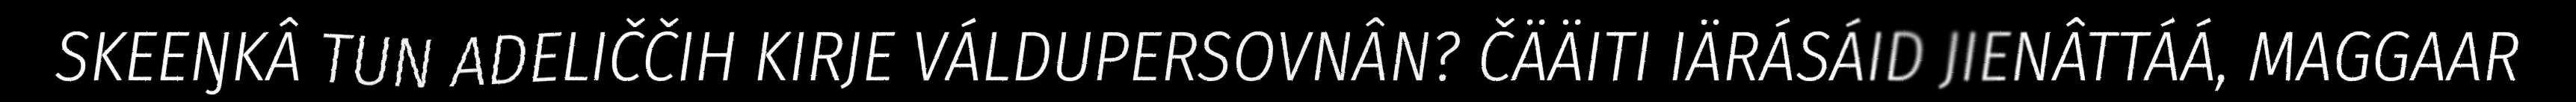
SKEEŊKÂ TUN ADELIČČIH KIRJE VÁLDUPERSOVNÂN? ČÄÄITI IÄRÁSÁID JIENÂTTÁÁ, MAGGAAR